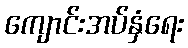
ကျောင်းအပ်နှံရေး